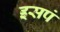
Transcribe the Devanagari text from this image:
इसपं